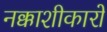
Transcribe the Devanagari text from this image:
नक्काशीकारों